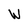
Character: W